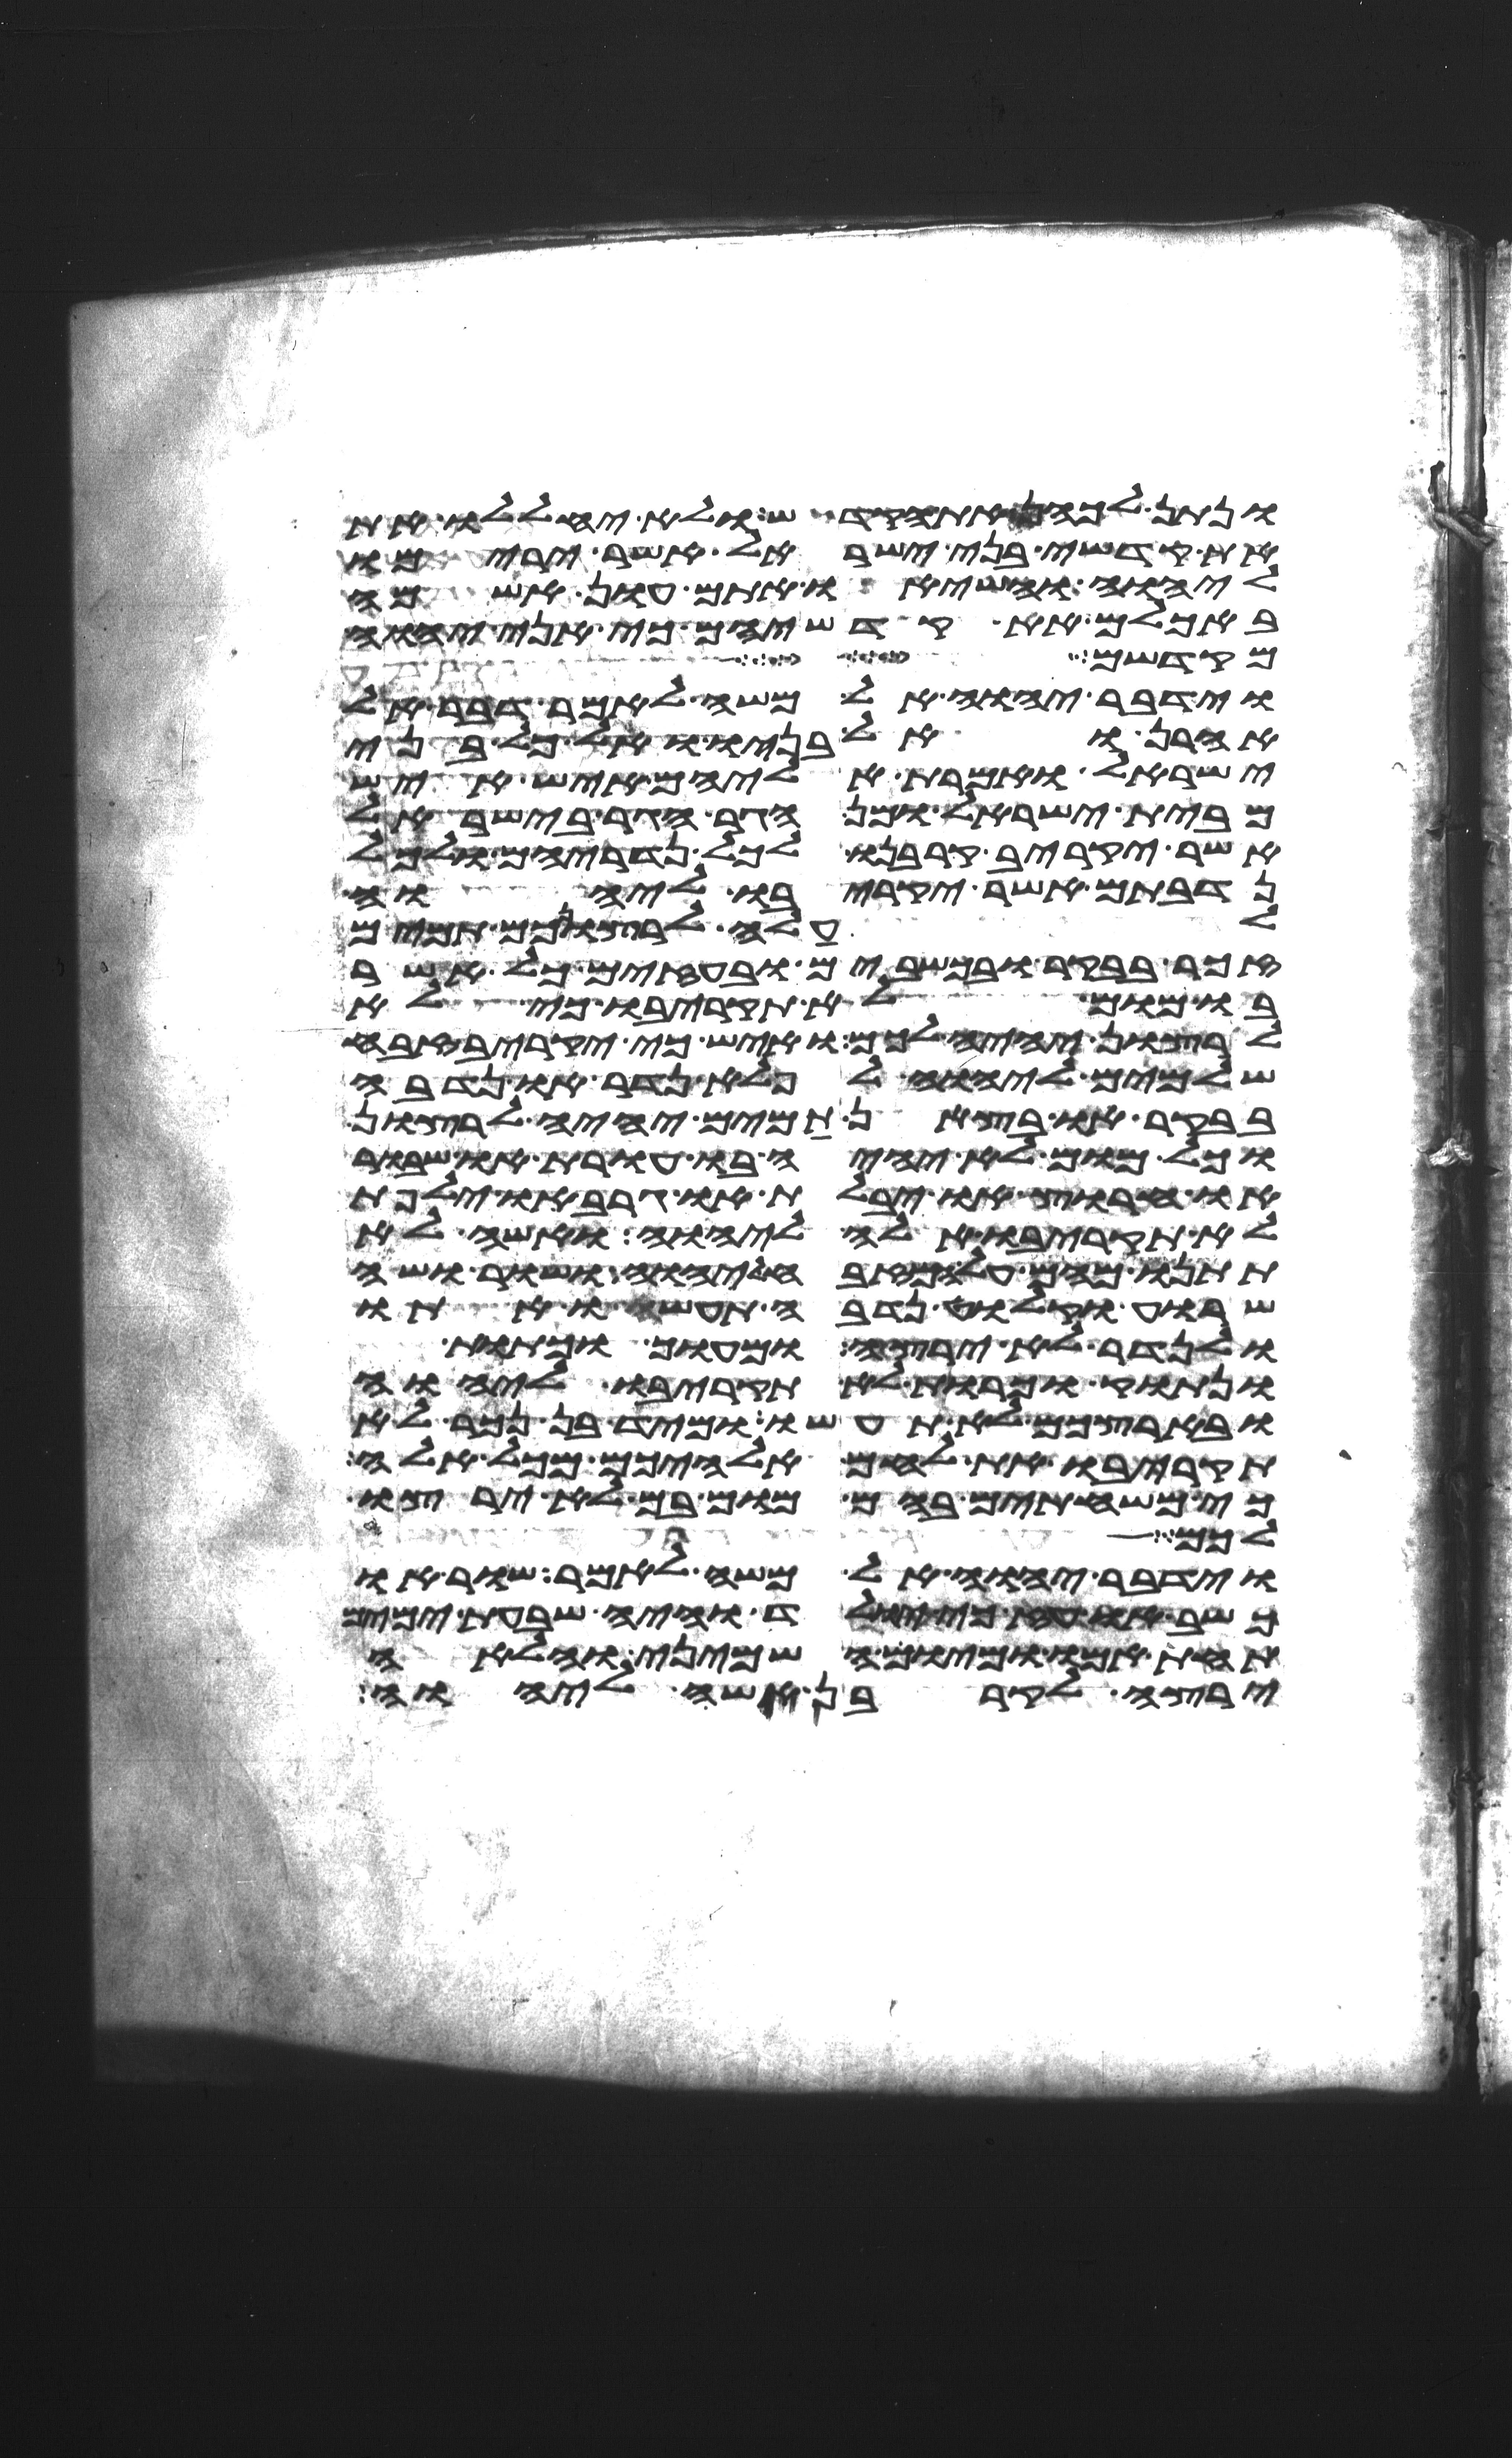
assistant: ונתן לכהן את הקדש ולא יחללו את
את קדשי בני ישראל אשר ירימו
ליהוה והשיאו אתם עון אשמה
באכלם את קדשיהם כי אני יהוה
מקדשם
וידבר יהוה אל משה לאמר דבר אל
אהרן ואל בניו ואל כל בני
ישראל ואמרת אליהם איש איש
מבית ישראל ומן הגר הגר בישראל
אשר יקריב קרבנו לכל נדריהם ולכל
נדבתם אשר יקריבו ליהוה
לעלה לרצונכם תמים
זכר בבקר או בכשבים או בעזים כל אשר
בו מום לא תקריבו כי לא
לרצון יהיה לכם ואיש כי יקריב זבח
שלמים ליהוה לפלא נדר או נדבה
בבקר או בצאן תמים יהיה לרצון
וכל מום לא יהיה בו עורת או שבור
או חרוץ או יבלת או גרב או ילפת
לא תקריבו אלה ליהוה ואשה לא
תתנו מהם על המזבח ליהוה ושור ושה
שרוע וקלוט נדבה תעשו אתו
ולנדר לא ירצה ומעוך וכתות
ונתוק וכרות לא תקריבו ליהוה
ובארצכם לא תעשו ומיד בן נכר לא
תקריבו את לחם אלהיכם מכל אלה
כי משחיתים בהם מום בם לא ירצו
לכם
וידבר יהוה אל משה לאמר שור או
כשב או עז כי יולד והיה שבעת ימים
תחת אמו ומיום השמיני והלאה
ירצה לקרבן אשה ליהוה